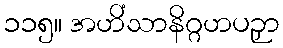
၁၁၅။ အဟိံသာနိဂ္ဂဟပဉှာ